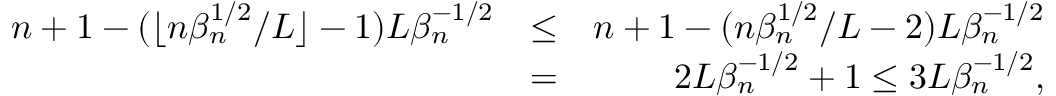
\begin{array} { r l r } { n + 1 - ( \lfloor n \beta _ { n } ^ { 1 \slash 2 } \slash L \rfloor - 1 ) L \beta _ { n } ^ { - 1 \slash 2 } } & { \leq } & { n + 1 - ( n \beta _ { n } ^ { 1 \slash 2 } \slash L - 2 ) L \beta _ { n } ^ { - 1 \slash 2 } } \\ & { = } & { 2 L \beta _ { n } ^ { - 1 \slash 2 } + 1 \leq 3 L \beta _ { n } ^ { - 1 \slash 2 } , } \end{array}